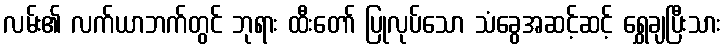
လမ်း၏ လက်ယာဘက်တွင် ဘုရား ထီးတော် ပြုလုပ်သော သံခွေအဆင့်ဆင့် ရွှေချပြီးသား